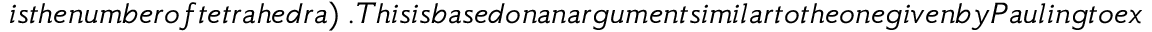
i s t h e n u m b e r o f t e t r a h e d r a ) ~ . T h i s i s b a s e d o n a n a r g u m e n t s i m i l a r t o t h e o n e g i v e n b y P a u l i n g t o e x p l a i n t h e r e s i d u a l e n t r o p y o f w a t e r - i c e a t z e r o t e m p e r a t u r e ~ . F r o m n o w o n w a r d , w e w i l l r e f e r t o t h e c o n d i t i o n